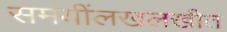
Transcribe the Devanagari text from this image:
समयींलखलखीत